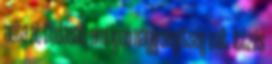
adta át tudását, ami igen nagy segítség volt. Ittzés